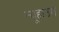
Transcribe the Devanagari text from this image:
न्यूहाउस